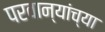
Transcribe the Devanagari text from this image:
परवान्यांच्या